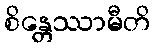
စိန္တေဿာမီတိ